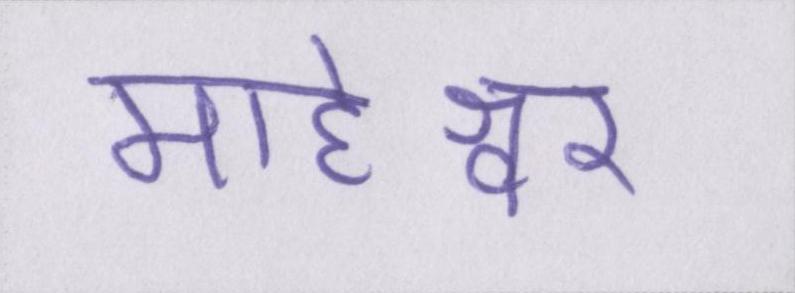
माहेश्वर